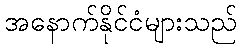
အနောက်နိုင်ငံများသည်